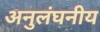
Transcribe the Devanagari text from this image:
अनुलंघनीय